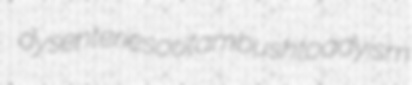
dysenteries outambush toadyism